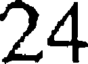
24